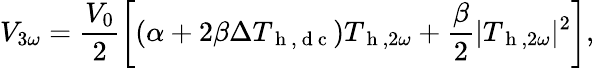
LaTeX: V_{3\omega}=\frac{V_{0}}{2}\left[(\alpha+2\beta\Delta T_{\mathrm{~h~,~d~c~}})T_{\mathrm{~h~},2\omega}+\frac{\beta}{2}|T_{\mathrm{~h~},2\omega}|^{2}\right]{,}